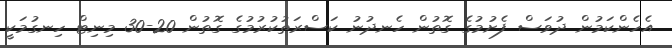
އެހެންކަމުން ދުވަސް ފެށުމުގެ ގޮތުން ހެނދުނު ކަސްރަތުކުރުމުގެ ގޮތުން 20-30 މިނިޓް ހިނގުމަކީ